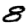
Digit: 8